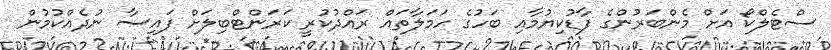
ސްޓެލްކޯ އަށް މެންބަރުންގެ ފާޑުކިޔުމާއި ބަހުގެ ހަމަލާތައް ރައްދުކުރީ ކަރަންޓްބިލަށް ފައިސާ ނުދެއްކުމުން